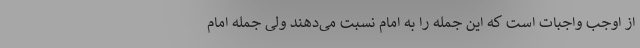
از اوجب واجبات است که این جمله را به امام نسبت می‌دهند ولی جمله امام